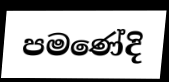
පමණේදි